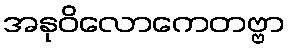
အနုဝိလောကေတဗ္ဗာ